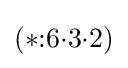
(*{:}6{\cdot }3{\cdot }2)